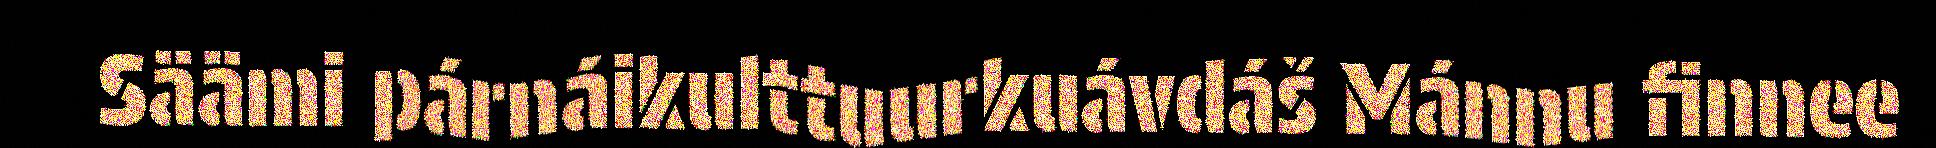
Säämi párnáikulttuurkuávdáš Mánnu finnee